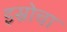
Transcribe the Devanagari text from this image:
इस्रोचा